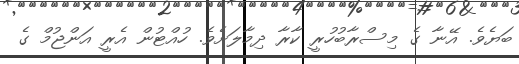
ބަޔެވެ. އޭނާ ގެ މިސްރާބުހުރީ ކާރާ ދިމާލަށެވެ. ހުއްޓުން އެރީ އަންޖުމް ގެ